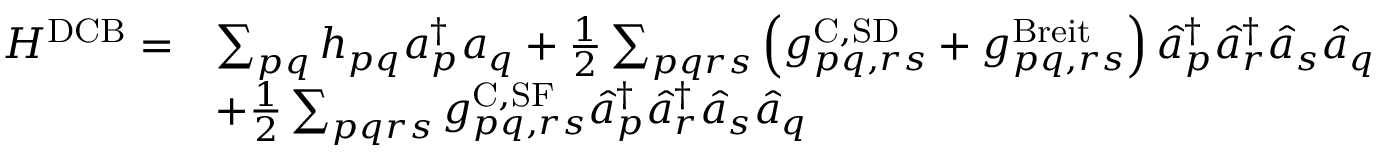
\begin{array} { r l } { H ^ { \mathrm { D C B } } = } & { \sum _ { p q } h _ { p q } a _ { p } ^ { \dagger } a _ { q } + \frac { 1 } { 2 } \sum _ { p q r s } \left( g _ { p q , r s } ^ { \mathrm { C , S D } } + g _ { p q , r s } ^ { \mathrm { B r e i t } } \right) \hat { a } _ { p } ^ { \dagger } \hat { a } _ { r } ^ { \dagger } \hat { a } _ { s } \hat { a } _ { q } } \\ & { + \frac { 1 } { 2 } \sum _ { p q r s } g _ { p q , r s } ^ { \mathrm { C , S F } } \hat { a } _ { p } ^ { \dagger } \hat { a } _ { r } ^ { \dagger } \hat { a } _ { s } \hat { a } _ { q } } \end{array}